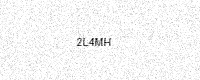
Text: 2L4MH